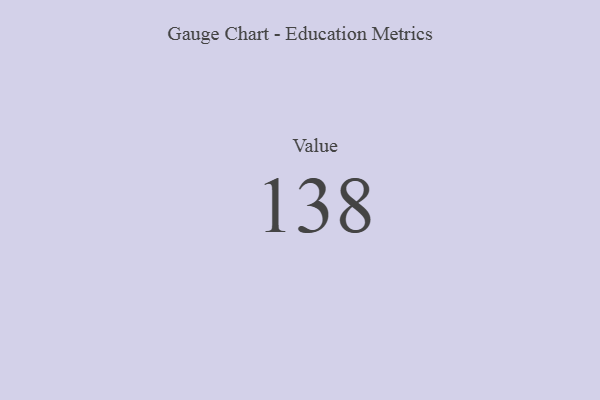
{"axis": {"x": "Metric", "y": "Value"}, "legend": [""], "data": [{"x": "Value", "y": 138, "type": ""}]}